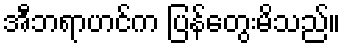
အီဘရာဟင်က ပြန်တွေးမိသည်။